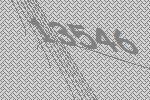
13546